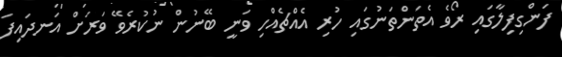
ފަންގިފިލާގައި ރޯވެ އެތަންތަނުގައި ހުރި އެއްޗެއްހި ވަނީ ބޭނުން ނުކުރެވޭ ވަރަށް އަނދައިފަ